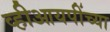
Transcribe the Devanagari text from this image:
व्हीआयपींच्या